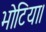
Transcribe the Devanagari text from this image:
भोटिया।